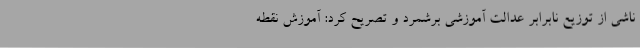
ناشی از توزیع نابرابر عدالت آموزشی برشمرد و تصریح کرد: آموزش نقطه